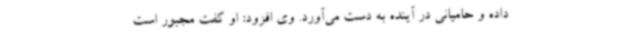
داده و حامیانی در آینده به دست می‌آورد. وی افزود: او گفت مجبور است